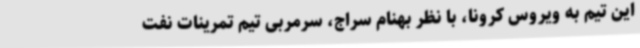
این تیم به ویروس کرونا، با نظر بهنام سراج، سرمربی تیم تمرینات نفت